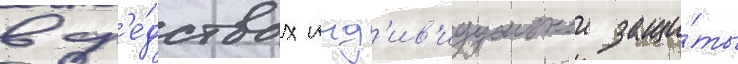
в ср'е́дствах инд'ив'идуальнои защи́ты